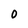
Character: 0